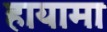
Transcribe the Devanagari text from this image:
हायामा